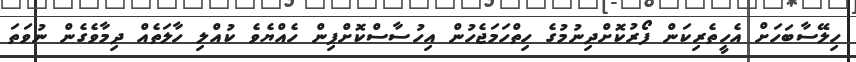
ހިލޭސާބަހަށް އެހީތެރިކަން ފޯރުކޮށްދިނުމުގެ ހިތްހަމަޖެހުން އިހުސާސްކޮށްފިން ހެއްޔެވެ ކުއްލި ހާލަތެއް ދިމާވެގެން ނުވަތަ